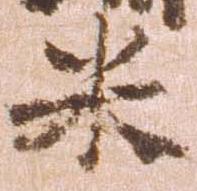
米